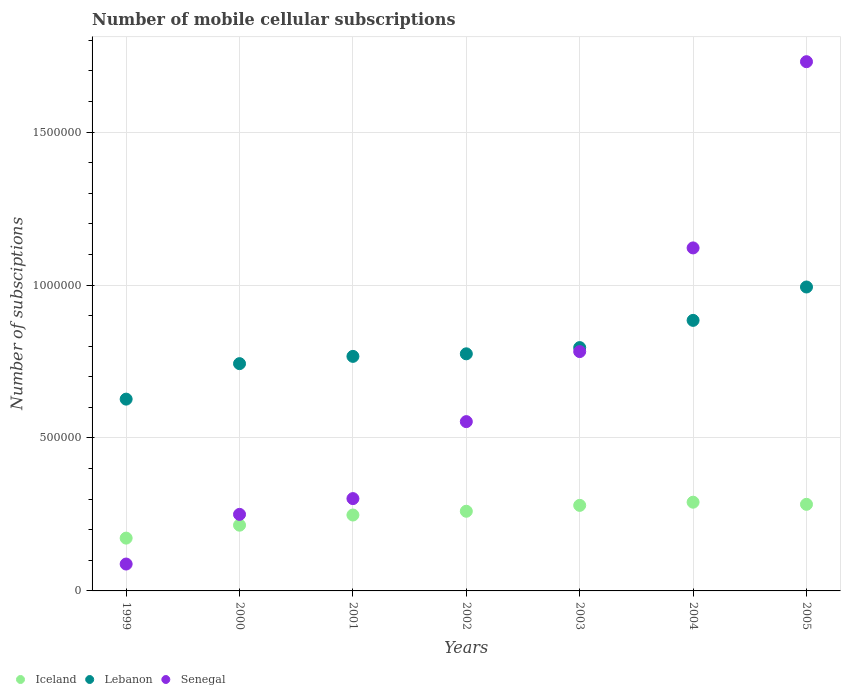
| Years | Iceland | Lebanon | Senegal |
 | --- | --- | --- | --- |
 | 1999 | 1.73e+05 | 6.27e+05 | 8.79e+04 |
 | 2000 | 2.15e+05 | 7.43e+05 | 2.5e+05 |
 | 2001 | 2.48e+05 | 7.67e+05 | 3.02e+05 |
 | 2002 | 2.6e+05 | 7.75e+05 | 5.53e+05 |
 | 2003 | 2.8e+05 | 7.95e+05 | 7.82e+05 |
 | 2004 | 2.9e+05 | 8.84e+05 | 1.12e+06 |
 | 2005 | 2.83e+05 | 9.94e+05 | 1.73e+06 |